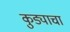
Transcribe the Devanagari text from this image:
कुड्याचा